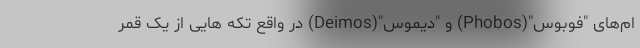
ام‌های "فوبوس"(Phobos) و "دیموس"(Deimos) در واقع تکه هایی از یک قمر